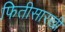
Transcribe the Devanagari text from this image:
फितीसारखी